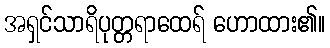
အရှင်သာရိပုတ္တရာထေရ် ဟောထား၏။